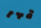
قهر